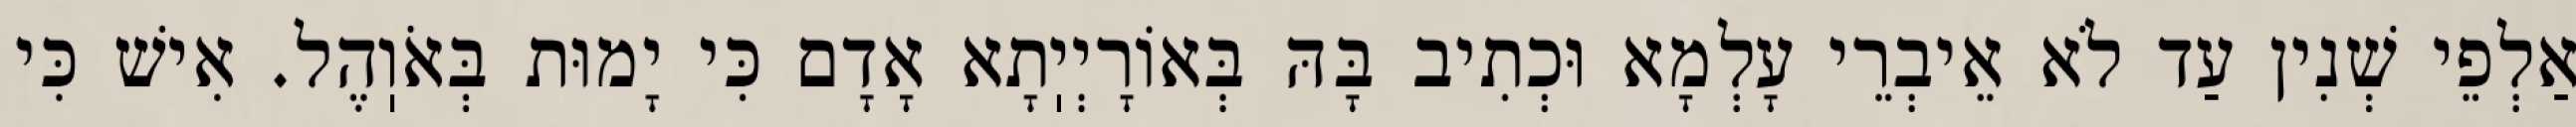
אַלְפֵי שְׁנִין עַד לֹא אֵיבְרֵי עָלְמָא וּכְתִיב בָּהּ בְּאוֹרָיְיֽתָא אָדָם כִּי יָמוּת בְּאֹוֽהֶל. אִישׁ כִּי